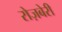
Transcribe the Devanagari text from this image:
रोज़बेरी